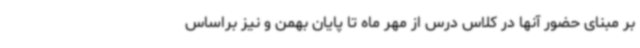
بر مبنای حضور آنها در کلاس درس از مهر ماه تا پایان بهمن و نیز براساس